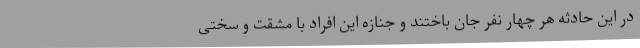
در این حادثه هر چهار نفر جان باختند و جنازه این افراد با مشقت و سختی